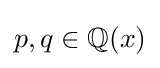
p,q\in \mathbb {Q} (x)